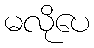
မလိုပေ